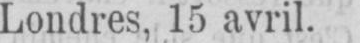
Londres, 15 avril.